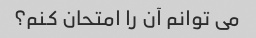
می توانم آن را امتحان کنم؟